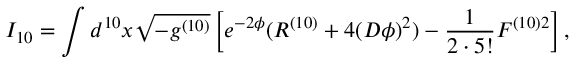
I _ { 1 0 } = \int d ^ { 1 0 } x \sqrt { - g ^ { ( 1 0 ) } } \left[ e ^ { - 2 \phi } ( R ^ { ( 1 0 ) } + 4 ( D \phi ) ^ { 2 } ) - \frac { 1 } { 2 \cdot 5 ! } F ^ { ( 1 0 ) 2 } \right] ,